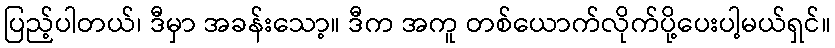
ပြည့်ပါတယ်၊ ဒီမှာ အခန်းသော့။ ဒီက အကူ တစ်ယောက်လိုက်ပို့ပေးပါ့မယ်ရှင်။